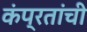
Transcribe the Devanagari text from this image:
कंप्रतांची